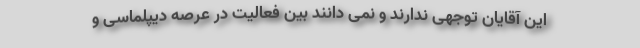
این آقایان توجهی ندارند و نمی دانند بین فعالیت در عرصه دیپلماسی و